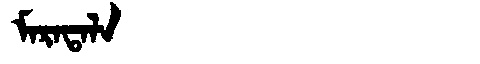
Manchu: ᠮᠠᡵᠠᡨᠠᠯᠠ
Romanization: MARATALA